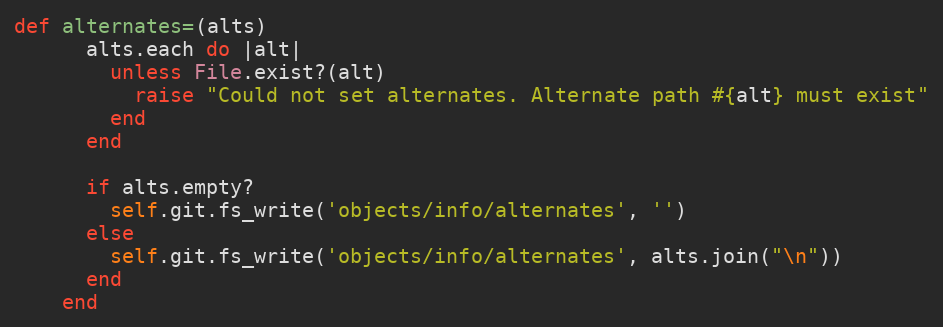
Language: Ruby
def alternates=(alts)
      alts.each do |alt|
        unless File.exist?(alt)
          raise "Could not set alternates. Alternate path #{alt} must exist"
        end
      end

      if alts.empty?
        self.git.fs_write('objects/info/alternates', '')
      else
        self.git.fs_write('objects/info/alternates', alts.join("\n"))
      end
    end